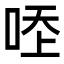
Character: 𠳒